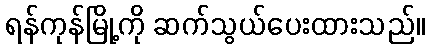
ရန်ကုန်မြို့ကို ဆက်သွယ်ပေးထားသည်။